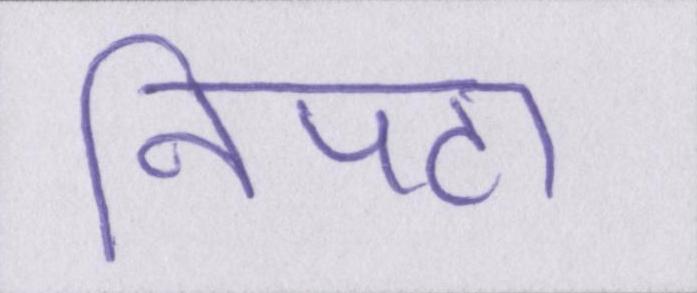
निपटा